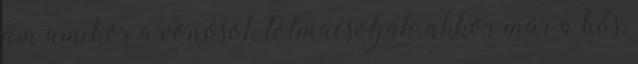
ám amikor a vonósok tolmácsolják, akkor már a hős,